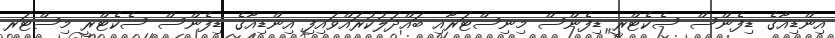
އިންޑިއާގެ ޑިފެންސް ސެކެޓްރީ ޑިފެންސް މިނިސްޓަރާއި ބައްދަލުކުރައްވައިފި އިންޑިއާގެ ޑިފެންސް ސެކެޓްރީ މިސްޓަރ